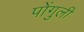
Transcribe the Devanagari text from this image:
पोंगुली